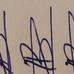
Signature authenticity: forged